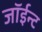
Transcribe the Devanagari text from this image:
जॉईन्ट